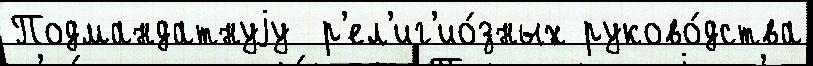
Подмандатнуjу  р'ел'иг'ио́зных руково́дства